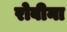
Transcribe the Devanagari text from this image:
रोबीना